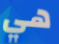
هي